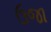
ઉજા